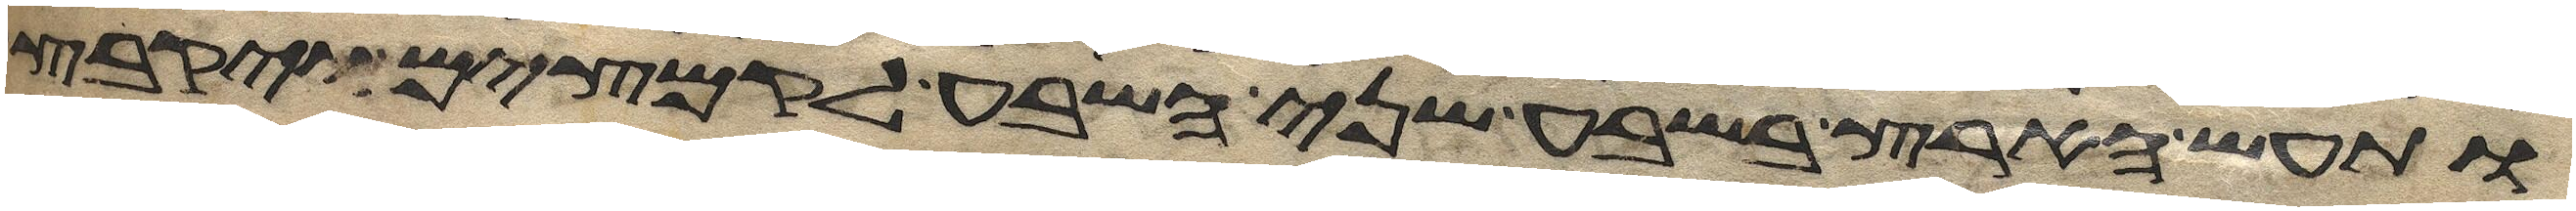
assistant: ותעש הארץ בשבע שני השבע לקמצים ויקבץ